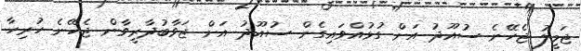
ޖަމީލު ޖެހޭނެ ސުއޫދު އަށް ގުޅުއްވައިގެން ސުއޫދު އަށް ޖަވާބުދާރީވާން ޖެހޭނެ ހުރިހާ